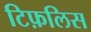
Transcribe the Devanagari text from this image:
टिफ़लिस